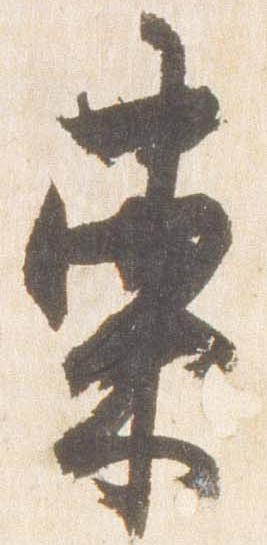
束